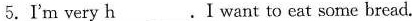
5.I'm very \underline{h}. I want to eat some bread.